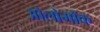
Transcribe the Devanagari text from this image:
ओलोमॉक